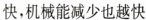
快，机械能减少也越快